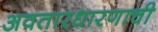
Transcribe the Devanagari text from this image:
अवतारधारणाची